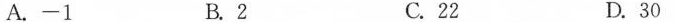
A.-1 B.2 C.22 D.30